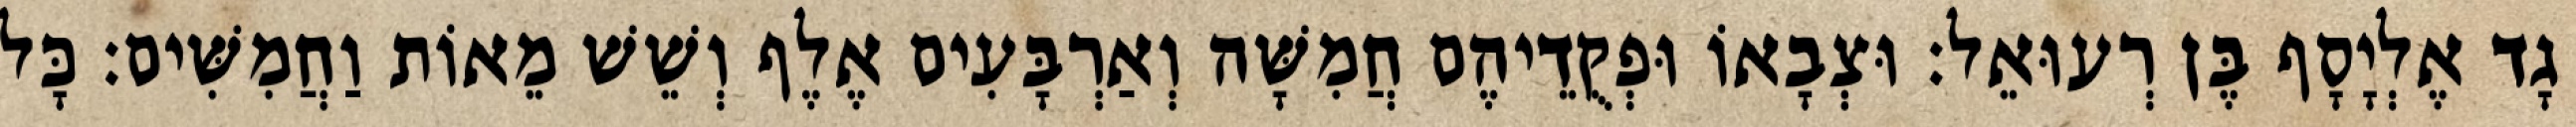
גָד אֶלְיָסָף בֶּן רְעוּאֵל׃ וּצְבָאוֹ וּפְקֻדֵיהֶם חֲמִשָּׁה וְאַרְבָּעִים אֶלֶף וְשֵׁשׁ מֵאוֹת וַחֲמִשִּׁים׃ כָּל